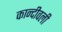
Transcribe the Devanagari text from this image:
कान्दीवली